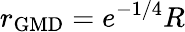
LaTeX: r_{\mathrm{GMD}}=e^{-1/4}R